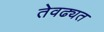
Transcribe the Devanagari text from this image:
तेवढ्यत